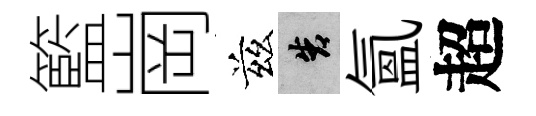
籃崗兹告氳超